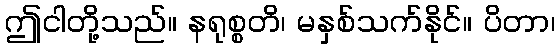
ဤငါတို့သည်။ နရုစ္စတိ၊ မနှစ်သက်နိုင်။ ပိတာ၊